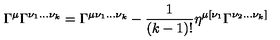
\Gamma ^ { \mu } \Gamma ^ { \nu _ { 1 } . . . \nu _ { k } } = \Gamma ^ { \mu \nu _ { 1 } . . . \nu _ { k } } - { \frac { 1 } { ( k - 1 ) ! } } \eta ^ { \mu [ \nu _ { 1 } } \Gamma ^ { \nu _ { 2 } . . . \nu _ { k } ] }